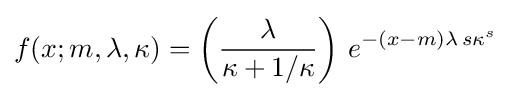
f(x;m,\lambda ,\kappa )=\left({\frac {\lambda }{\kappa +1/\kappa }}\right)\,e^{-(x-m)\lambda \,s\kappa ^{s}}